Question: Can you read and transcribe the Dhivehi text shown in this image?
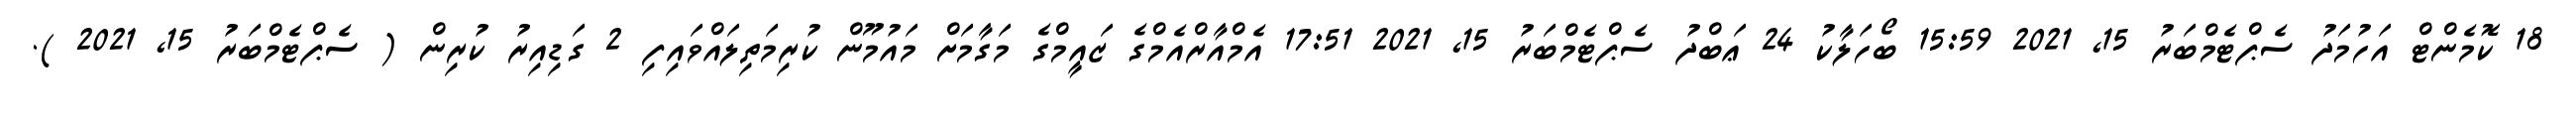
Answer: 18 ކޮމެންޓް އަހުމަދު ސެޕްޓެމްބަރު 15, 2021 15:59 ބޯހަލާކު 24 ޢަބްދު ސެޕްޓެމްބަރު 15, 2021 17:51 އެމްއާރްއެމްގެ ޒައީމްގެ މަގާމަށް މައުމޫން ކުރިމަތިލައްވައިފި 2 ގަޑިއިރު ކުރިން ( ސެޕްޓެމްބަރު 15, 2021 ).